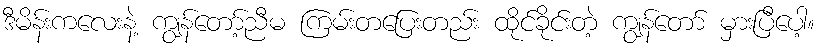
ဒီမိန်းကလေးနဲ့ ကျွန်တော့်ညီမ ကြမ်းတပြေးတည်း ထိုင်ခိုင်းတဲ့ ကျွန်တော် မှားပြီပေါ့။